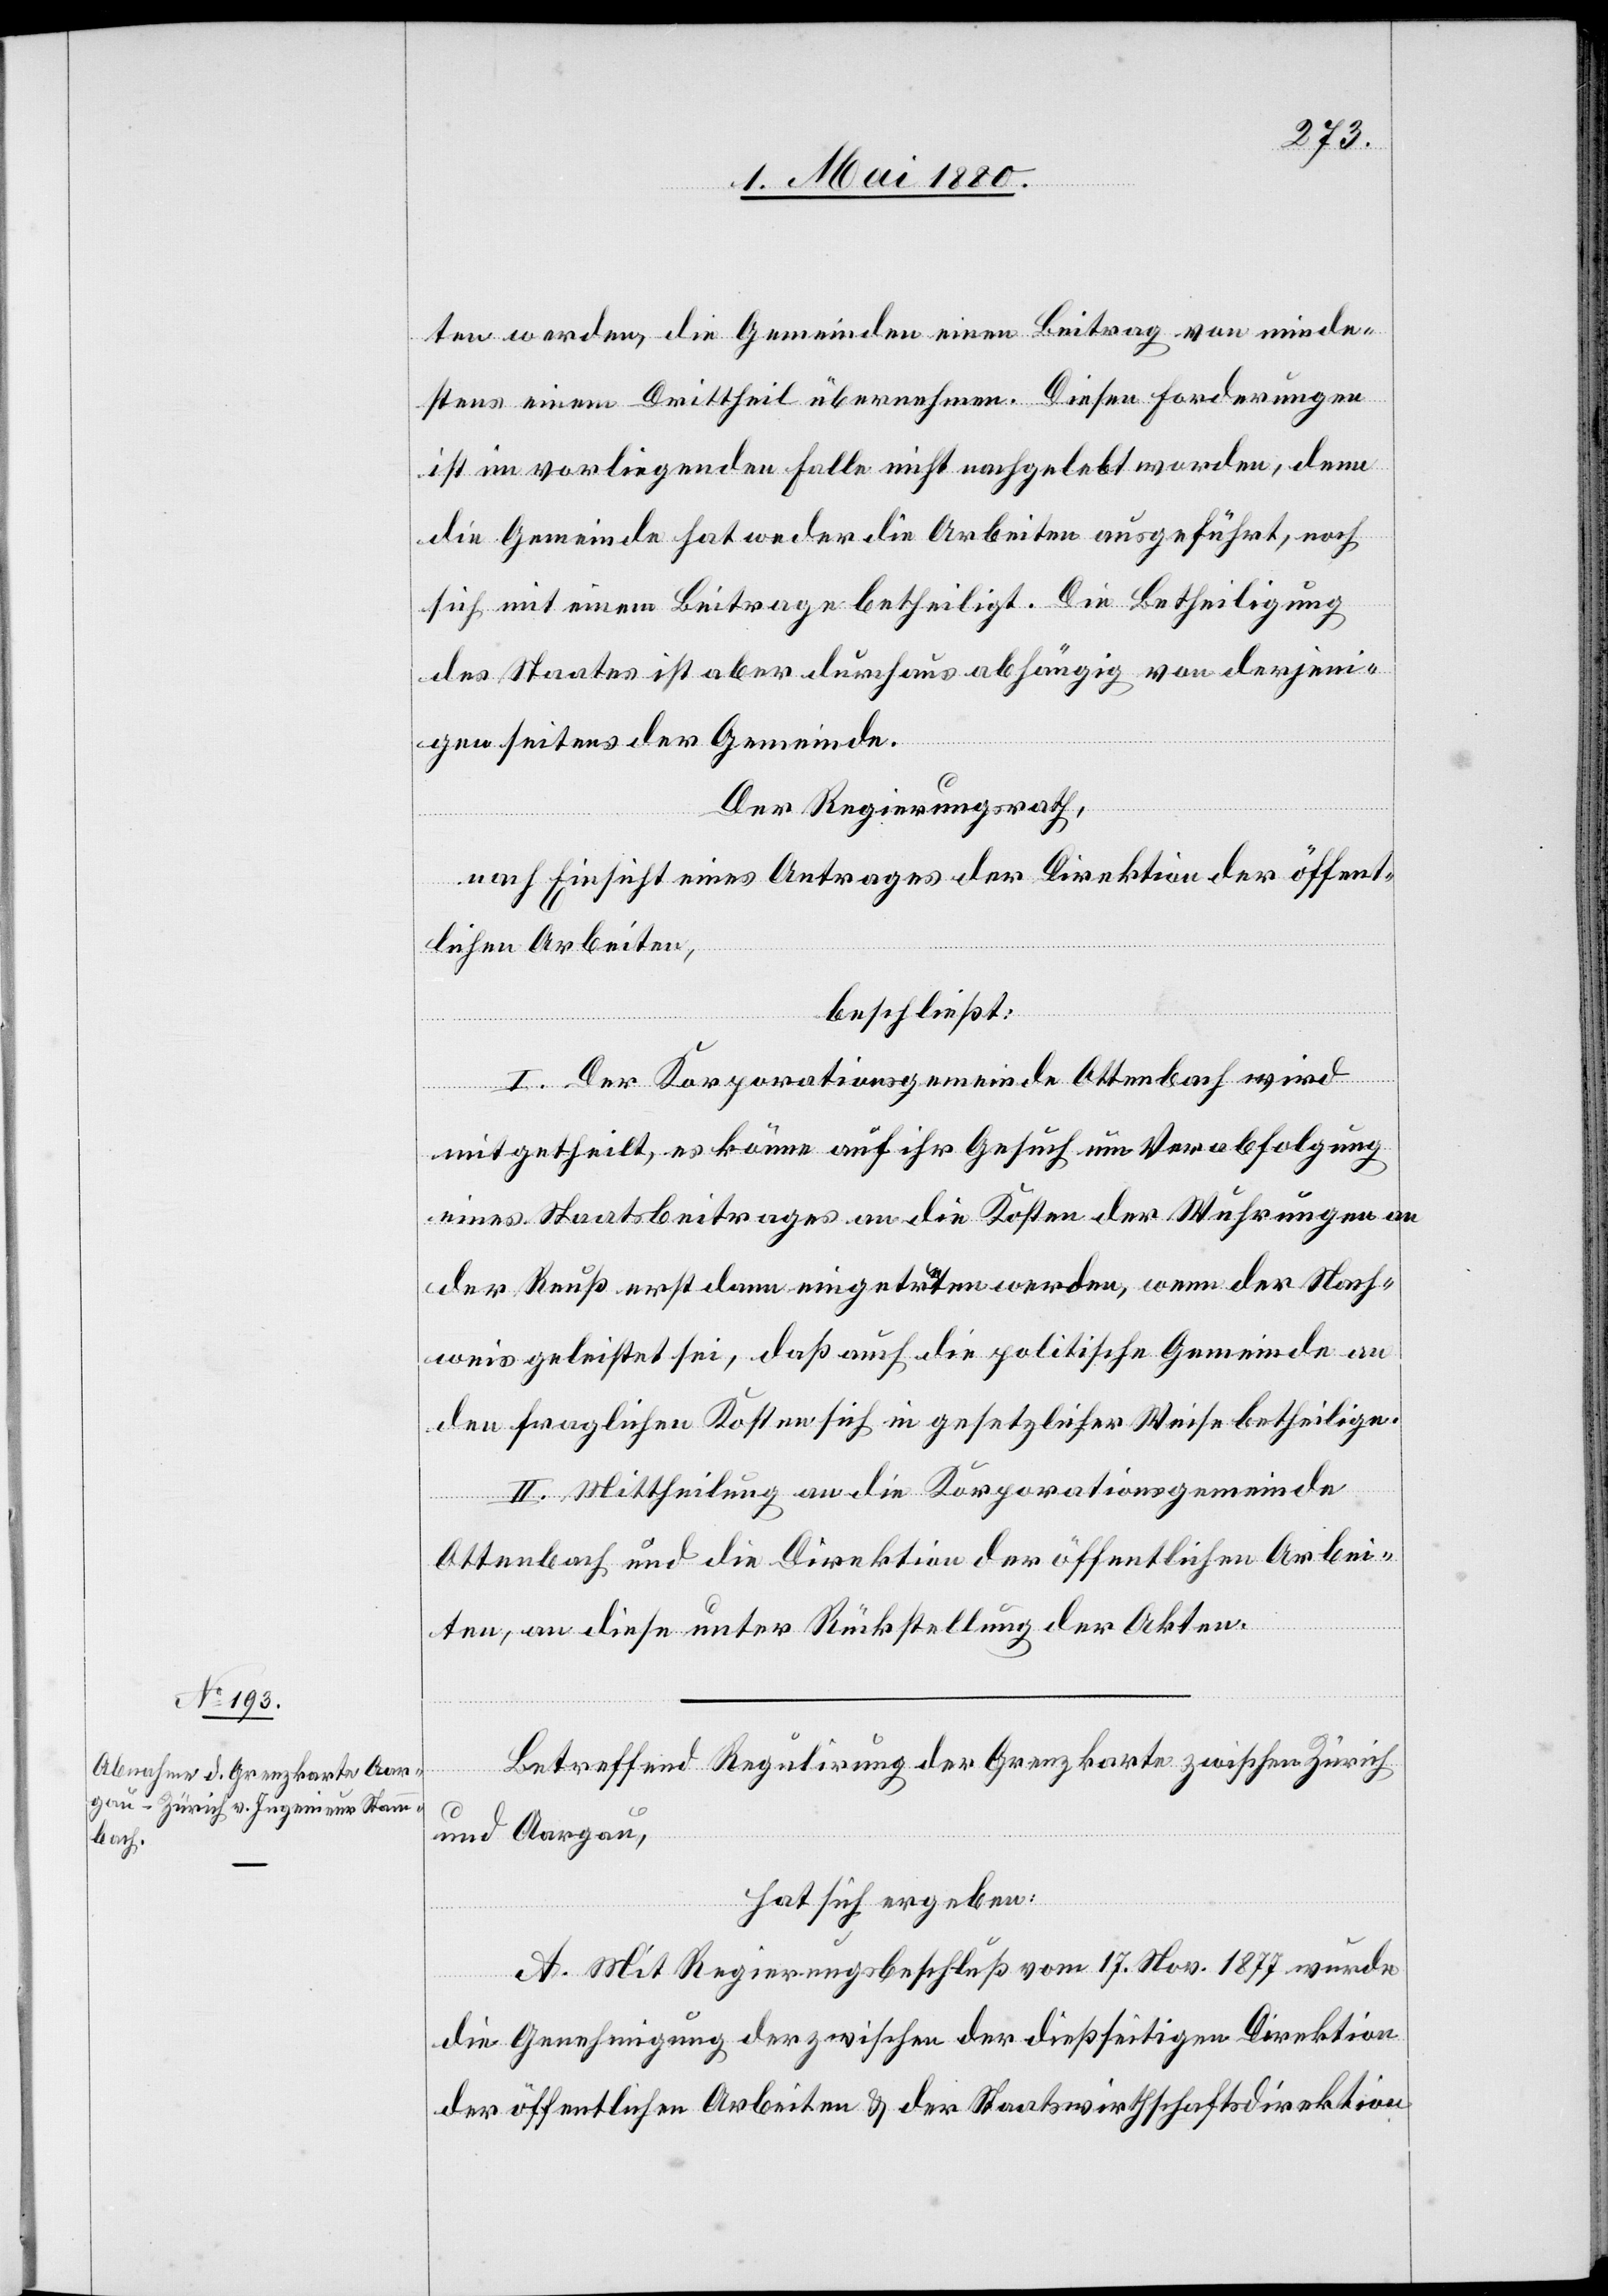
ten worden, die Gemeinden einen Beitrag von minde¬
stens einem Drittheil übernehmen. Diesen Forderungen
ist im vorliegenden Falle nicht nachgelebt worden, denn
die Gemeinde hat weder die Arbeiten ausgeführt, noch
sich mit einem Beitrage betheiligt. Die Betheiligung
des Staates ist aber durchaus abhängig von derjeni¬
gen seitens der Gemeinde.
Der Regierungsrath,
nach Einsicht eines Antrages der Direktion der öffent¬
lichen Arbeiten,
beschließt:
I. Der Korporationsgemeinde Ottenbach wird
mitgehteilt, es könne auf ihr Gesuch um Verabfolgung
eines Staatsbeitrages an die Kosten der Wuhrungen an
der Reuß erst dann eingetreten werden, wenn der Nach¬
weis geleistet sei, daß auch die politische Gemeinde an
den fraglichen Kosten sich in gesetzlicher Weise betheilige.
II. Mittheilung an die Korporationsgemeinde
Ottenbach und die Direktion der öffentlichen Arbei¬
ten, an diese unter Rückstellung der Akten.
Betreffend Regulirung der Grenzkarte zwischen Zürich
und Aargau,
hat sich ergeben:
A. Mit Regierungsbeschluß vom 17. Novbr. 1877 wurde
die Genehmigung der zwischen der dießseitigen Direktion
der öffentlichen Arbeiten & der Staatswirthschaftsdirektion